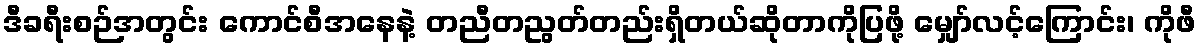
ဒီခရီးစဉ်အတွင်း ကောင်စီအနေနဲ့ တညီတညွတ်တည်းရှိတယ်ဆိုတာကိုပြဖို့ မျှော်လင့်ကြောင်း၊ ကိုဖီ